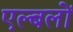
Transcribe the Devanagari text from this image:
एल्बलों